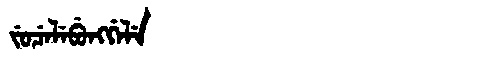
Manchu: ᠵᡠᠴᡝᠯᡝᠪᡠᠩᡤᡝᠯᡝ
Romanization: JUCELEBUNGGELE